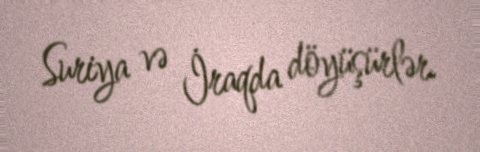
Suriya və İraqda döyüşürlər.